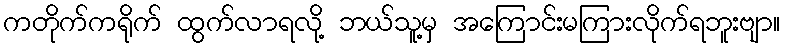
ကတိုက်ကရိုက် ထွက်လာရလို့ ဘယ်သူ့မှ အကြောင်းမကြားလိုက်ရဘူးဗျာ။